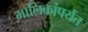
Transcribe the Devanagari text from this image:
मालिकांपर्यंत